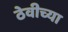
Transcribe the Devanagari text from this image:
ठेवीच्या